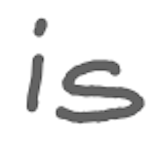
Text: is
Cross-out: clean
Writing tool: digital_gray